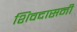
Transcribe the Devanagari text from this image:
शिवदासनी